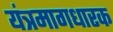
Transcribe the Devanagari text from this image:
यंत्रमागधारक